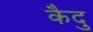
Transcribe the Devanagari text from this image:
कैदु